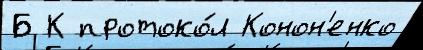
Б К протоко́л Конон'енко